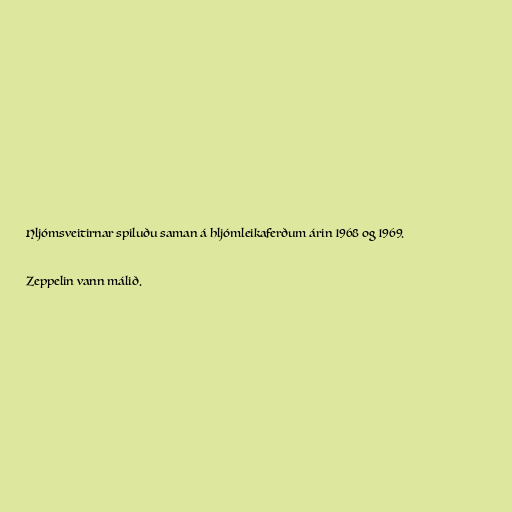
Hljómsveitirnar spiluðu saman á hljómleikaferðum árin 1968 og 1969.

Zeppelin vann málið.